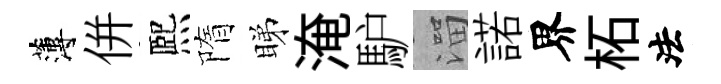
薄併熈隋睇淹馿溜諾界柘法